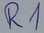
Text: R1